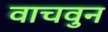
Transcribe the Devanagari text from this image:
वाचवुन